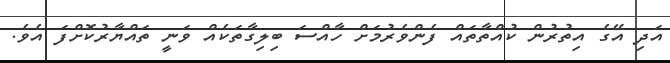
އަދި އޭގެ އިތުރުން ކުއްތާތައް ފެންވެރުމަށް ހާއްސަ ބިލިގާތަކެއް ވަނީ ތައްޔާރުކޮށްފަ އެވެ.